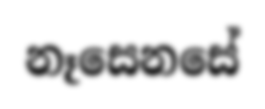
නෑසෙනසේ